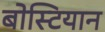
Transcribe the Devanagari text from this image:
बोस्टियान